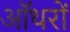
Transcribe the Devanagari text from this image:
ऑथरों